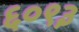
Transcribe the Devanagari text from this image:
६०९३